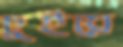
চুইয়ে